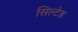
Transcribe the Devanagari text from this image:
सिल्टेड